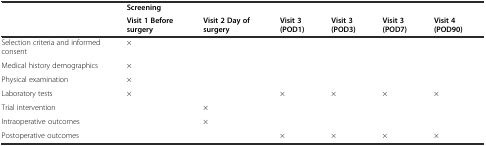
| <ROWSPAN=2>  | Screening |  |  |  |  |  |
 | Visit 1 Before surgery | Visit 2 Day of surgery | Visit 3 (POD1) | Visit 3 (POD3) | Visit 3 (POD7) | Visit 4 (POD90) |
 | --- | --- | --- | --- | --- | --- | --- |
 | Selection criteria and informed consent | × |  |  |  |  |  |
 | Medical history demographics | × |  |  |  |  |  |
 | Physical examination | × |  |  |  |  |  |
 | Laboratory tests | × |  | × | × | × | × |
 | Trial intervention |  | × |  |  |  |  |
 | Intraoperative outcomes |  | × |  |  |  |  |
 | Postoperative outcomes |  |  | × | × | × | × |